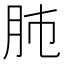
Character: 𦙛